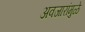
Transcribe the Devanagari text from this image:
अवजारांमुळे